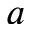
a